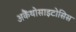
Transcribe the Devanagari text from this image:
अकैंथोसाइटोसिस